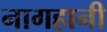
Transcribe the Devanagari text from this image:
नागहानी